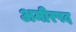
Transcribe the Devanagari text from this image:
अमीरपद